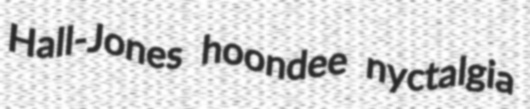
Hall-Jones hoondee nyctalgia